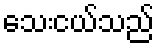
သေးငယ်သည်